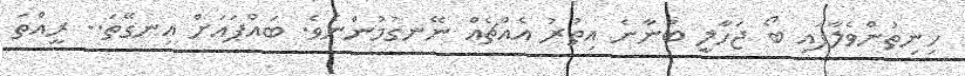
ހިނިތުންވެލާފައި ބޯ ޖަހާލީ ބުނާނެ އިތުރު އެއްޗެއް ނޭނގުމުންނެވެ. ބައްޕައަށް އިނގޭތަ.. ރީއްތަ